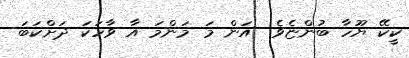
ކީކޭ ޔޫހާ ބުންޏެވެ  އަން މަ މަންމަ އާ ވާހަކަ ދަށްކަބަ